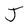
Character: J